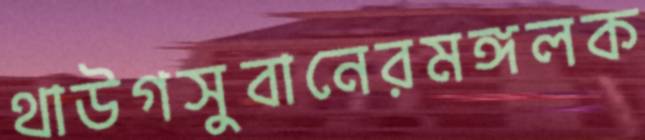
থাউগসুবানেরমঙ্গলক